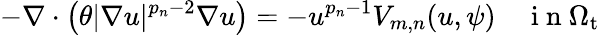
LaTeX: -\nabla\cdot\left(\theta|\nabla u|^{p_{n}-2}\nabla u\right)=-u^{p_{n}-1}V_{m,n}(u,\psi)\quad\mathrm{~i~n~}\Omega_{\mathrm{t}}